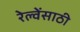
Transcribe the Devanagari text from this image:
रेल्वेंसाठी